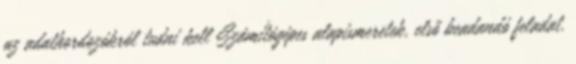
az adathordozókról tudni kell Számítógépes alapismeretek, első beadandó feladat.